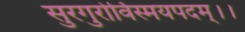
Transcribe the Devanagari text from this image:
सुरगुरोर्विस्मयपदम्।।